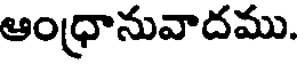
ఆంధ్రానువాదము.